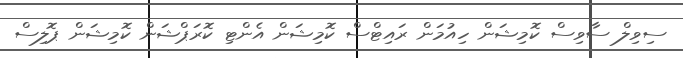
ސިވިލް ސާވިސް ކޮމިޝަން ހިއުމަން ރައިޓްސް ކޮމިޝަން އެންޓި ކޮރަޕްޝަން ކޮމިޝަން ޕޮލިސް